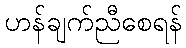
ဟန်ချက်ညီစေရန်